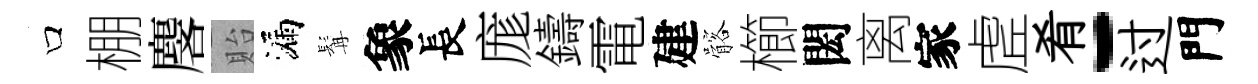
口棚麐貽漏髯象長庬鑄電建髂櫛閎离家虗肴-过門